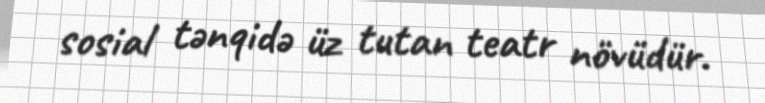
sosial tənqidə üz tutan teatr növüdür.